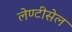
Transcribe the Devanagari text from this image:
लेण्टीसेल